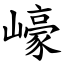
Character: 㠙